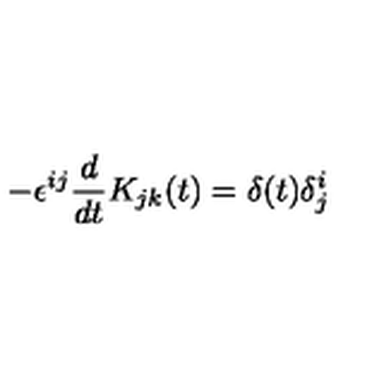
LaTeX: - \epsilon ^ { i j } \frac { d } { d t } K _ { j k } ( t ) = \delta ( t ) \delta _ { j } ^ { i }